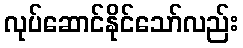
လုပ်ဆောင်နိုင်သော်လည်း